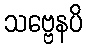
သဗ္ဗေနပိ